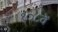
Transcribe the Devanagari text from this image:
१०८वें